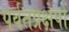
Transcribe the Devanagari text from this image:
पर्वतप्रक्षेपों